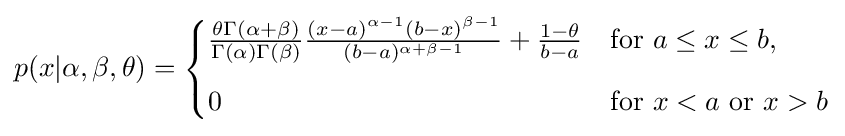
p(x|\alpha ,\beta ,\theta )={\begin{cases}{\frac {\theta \Gamma (\alpha +\beta )}{\Gamma (\alpha )\Gamma (\beta )}}{\frac {(x-a)^{\alpha -1}(b-x)^{\beta -1}}{(b-a)^{\alpha +\beta -1}}}+{\frac {1-\theta }{b-a}}&\mathrm {for} \ a\leq x\leq b,\\[8pt]0&\mathrm {for} \ x<a\ \mathrm {or} \ x>b\end{cases}}